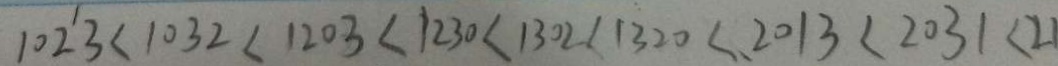
1 0 2 3 < 1 0 3 2 < 1 2 0 3 < 1 2 3 0 < 1 3 0 2 < 1 3 2 0 < 2 0 1 3 < 2 0 3 1 < 2 1